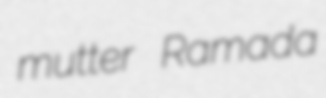
mutter Ramada